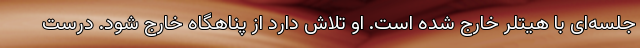
جلسه‌ای با هیتلر خارج شده است. او تلاش دارد از پناهگاه خارج شود. درست